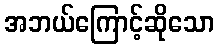
အဘယ်ကြောင့်ဆိုသော